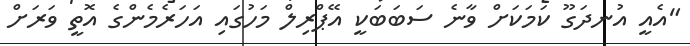
"އެއީ އުނދަގޫ ކަމަކަށް ވާނެ ސަބަބަކީ އޭޕްރިލް މަހުގައި އަހަރެމެންގެ އޮތީ ވަރަށް